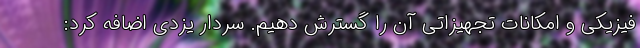
فیزیکی و امکانات تجهیزاتی آن را گسترش دهیم. سردار یزدی اضافه کرد: